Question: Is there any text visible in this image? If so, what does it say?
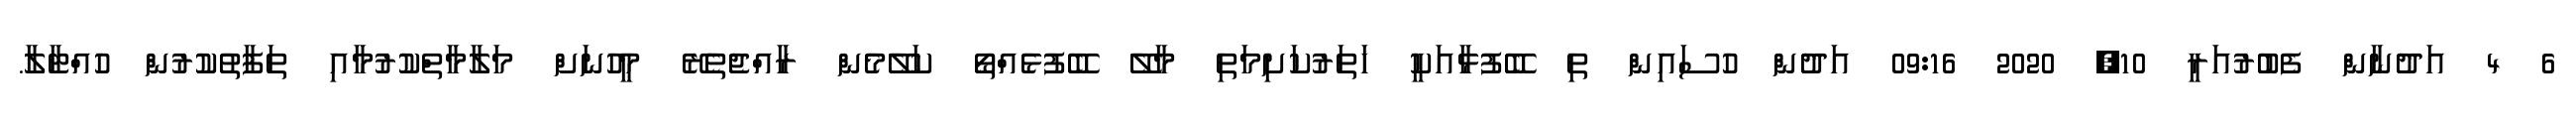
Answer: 6 4 އަދުނާން ފެބުރުއަރީ 10, 2020 09:16 އަދުން ހުސައިން ތި ބޭފުޅާއަކީ ހަތަރުކަށިމަތި މާލޭ ބޭފުޅެއްތޯ ކަލޭމެން ރާއްޖެތެރޭ މީހުނަށް މަލާމާތްކުރުމާއި ތަފާތުކުރުން ހުއްޓާލާ.